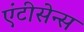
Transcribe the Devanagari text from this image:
एंटीसेन्स